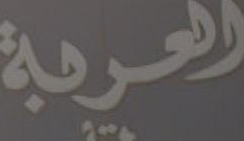
العربة